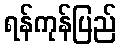
ရန်ကုန်ပြည်